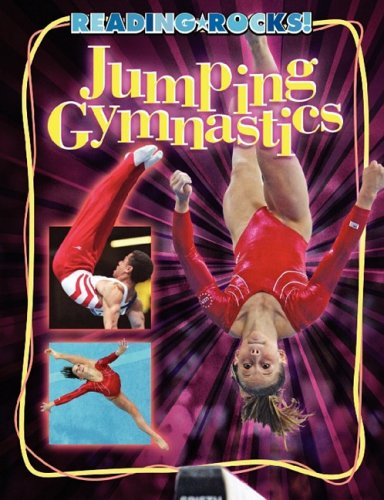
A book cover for Jumping Gymnastics (Reading Rocks!); Ellen Labrecque; Children's Books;